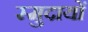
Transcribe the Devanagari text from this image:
स्मुदायों